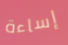
إساءة